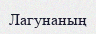
Лагунаның